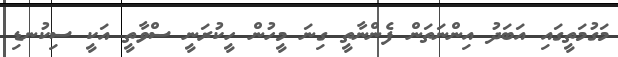
މަގުމަތީގައި އަބަދު އިންނަތަން ފެންނާތީ ގިނަ މީހުން ހީކުރަނީ ސްވާތީ އަކީ ސިކުނޑި